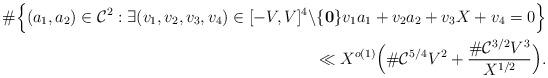
LaTeX: \begin{align*}\#\Bigl\{(a_1,a_2)\in\mathcal{C}^2:\exists (v_1,v_2,v_3,v_4)\in[-V,V]^4\backslash\{\mathbf{0}\}v_1a_1+v_2a_2+v_3 X+v_4=0\Bigr\}\\\ll X^{o(1)}\Bigl(\#\mathcal{C}^{5/4}V^2+\frac{\#\mathcal{C}^{3/2}V^{3}}{X^{1/2}}\Bigr).\end{align*}